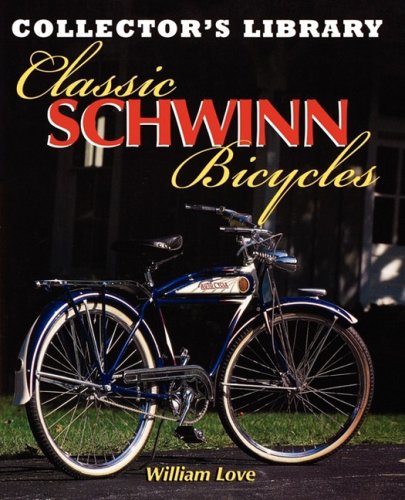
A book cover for Classic Schwinn Bicycles (Collector's Library); William Love; Crafts, Hobbies & Home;